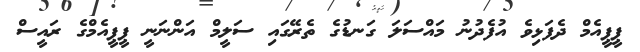
ޕީޕީއެމް ދެފަޅިވެ އުފެދުނު މައްސަލަ ގަނޑުގެ ތެރޭގައި ސަލީމް އަންނަނީ ޕީޕީއެމްގެ ރައީސް